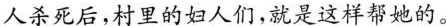
人杀死后,村里的妇人们,就是这样帮她的。